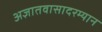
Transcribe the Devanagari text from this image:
अज्ञातवासादरम्यान